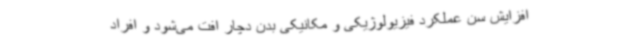
افزایش سن عملکرد فیزیولوژیکی و مکانیکی بدن دچار افت می‌شود و افراد